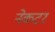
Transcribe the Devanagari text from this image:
नेकटर